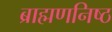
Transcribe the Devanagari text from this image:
ब्राह्मणनिष्ठ